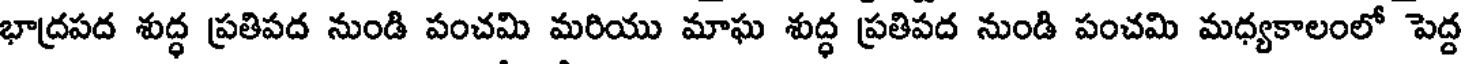
భాద్రపద శుద్ధ ప్రతిపద నుండి పంచమి మరియు మాఘ శుద్ధ ప్రతిపద నుండి పంచమి మధ్యకాలంలో పెద్ద